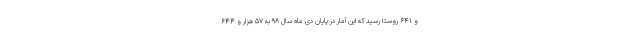
و ۶۴۱ روستا رسید که این آمار در پایان دی ماه سال ۹۸ به ۵۷ هزار و ۶۴۴